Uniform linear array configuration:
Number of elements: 12
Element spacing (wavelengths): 0.5
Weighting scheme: exponential
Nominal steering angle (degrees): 30
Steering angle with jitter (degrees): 28.267
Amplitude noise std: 0.05
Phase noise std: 0.05

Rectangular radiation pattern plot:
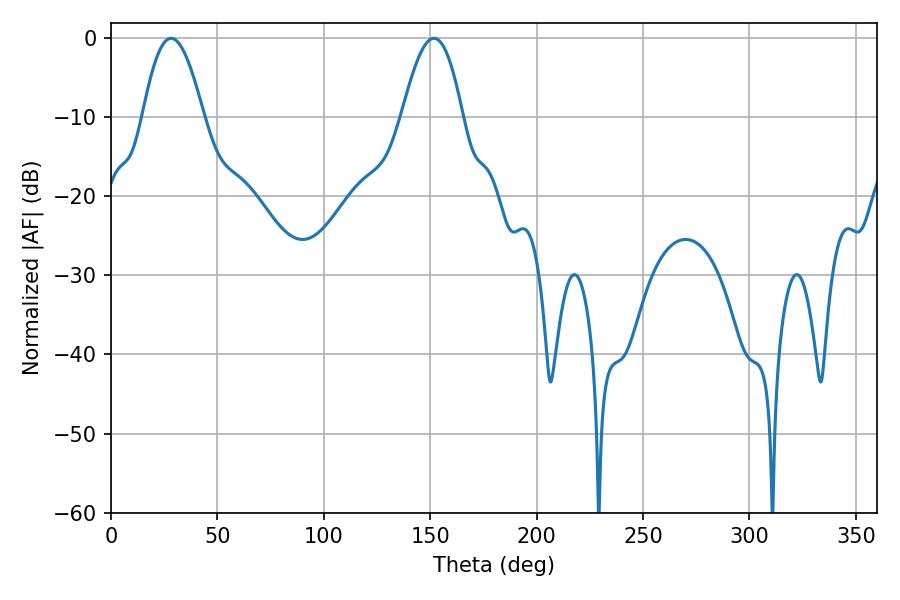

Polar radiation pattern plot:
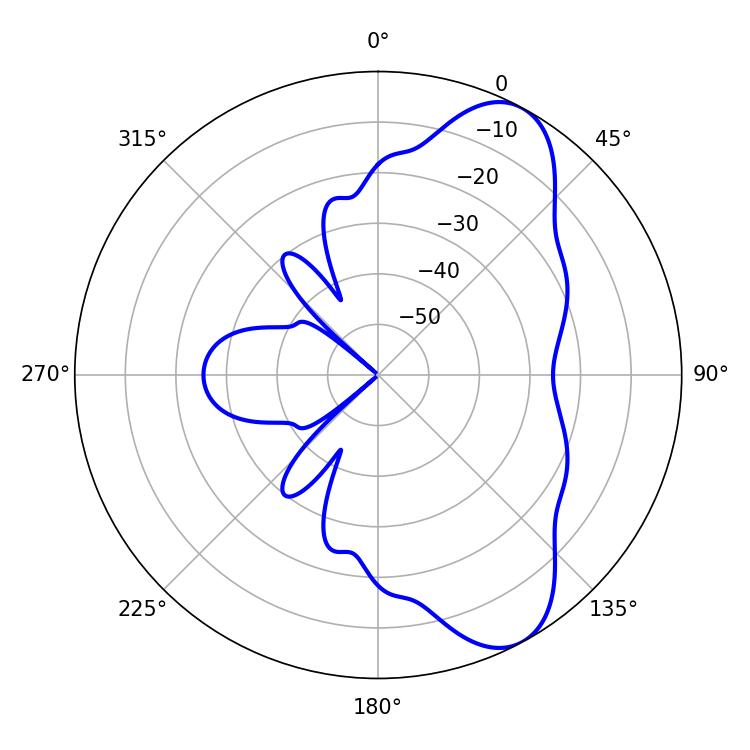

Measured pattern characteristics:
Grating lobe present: FALSE
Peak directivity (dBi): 8.268
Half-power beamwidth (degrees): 15.3
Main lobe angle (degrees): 28.26